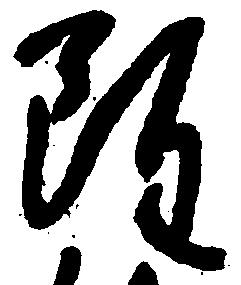
雖